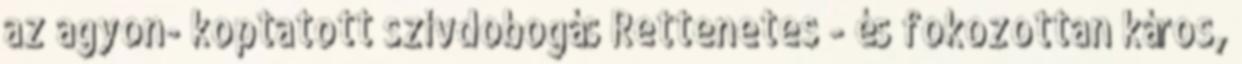
az agyon- koptatott szívdobogás Rettenetes - és fokozottan káros,